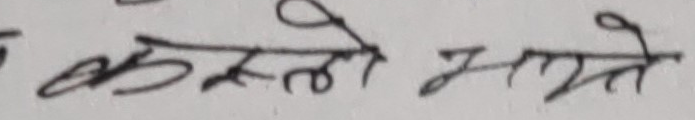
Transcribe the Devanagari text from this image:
कस्तो लागे